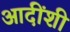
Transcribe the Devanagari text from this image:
आदींशी